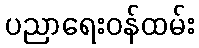
ပညာရေးဝန်ထမ်း